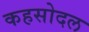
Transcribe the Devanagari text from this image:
कहसोदल